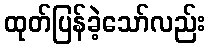
ထုတ်ပြန်ခဲ့သော်လည်း